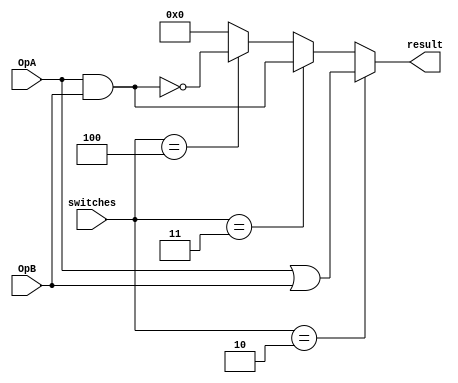
////////////////////////////////////////////////////////////////////////////////////////////////////
// Version:  1
// Description: The arithmetic circuit should take the operands OpA, OpB from the  
// ROM in the top level entity, and the inputs SW[2:0] from the DE10-Lite board 
// to select the operation.  The output result drives LEDs [7:0] on the DE10-Lite 
// board.
//
//  **************************************************
//  This file is the only Verilog file that you should modify.
//  It should be properly commented and formatted.
//  **************************************************
//
////////////////////////////////////////////////////////////////////////////////////////////////////

//Do not change the port declarations
module block1 (result, OpA, OpB, switches);
input [2:0] switches;
input [7:0] OpA, OpB;
output [7:0] result;


assign result = (switches == 3'b010) ? (OpA|OpB) :
						(switches == 3'b011) ? (OpA&OpB) :
						(switches == 3'b100) ? ~(OpA&OpB) :  8'b0000_0000;

// Replace this assign statement with your Verilog code.
// The operation of the arithmetic circuit is defined in the  specification.

endmodule